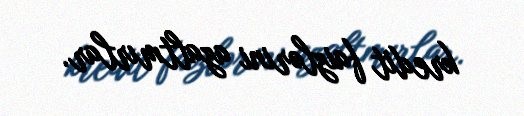
kredit faizlərini azaltmırlar.